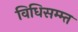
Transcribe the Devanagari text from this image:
विधिसम्म्त